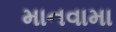
માનવામા